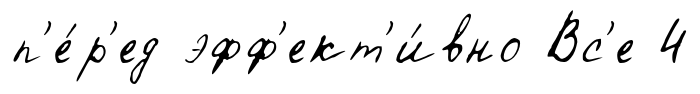
п'е́р'ед эфф'ект'и́вно Вс'е 4